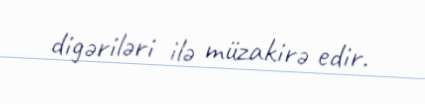
digəriləri ilə müzakirə edir.